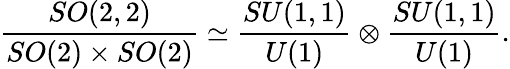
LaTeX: {\frac{SO(2,2)}{SO(2)\times SO(2)}}\simeq{\frac{SU(1,1)}{U(1)}}\otimes{\frac{SU(1,1)}{U(1)}}.